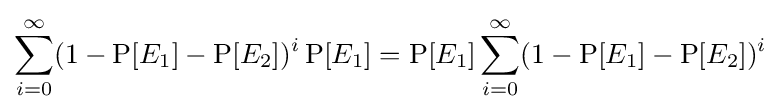
\sum _{i=0}^{\infty }(1-\operatorname {P} [E_{1}]-\operatorname {P} [E_{2}])^{i}\operatorname {P} [E_{1}]=\operatorname {P} [E_{1}]\sum _{i=0}^{\infty }(1-\operatorname {P} [E_{1}]-\operatorname {P} [E_{2}])^{i}